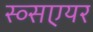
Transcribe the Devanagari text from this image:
स्व्सएयर